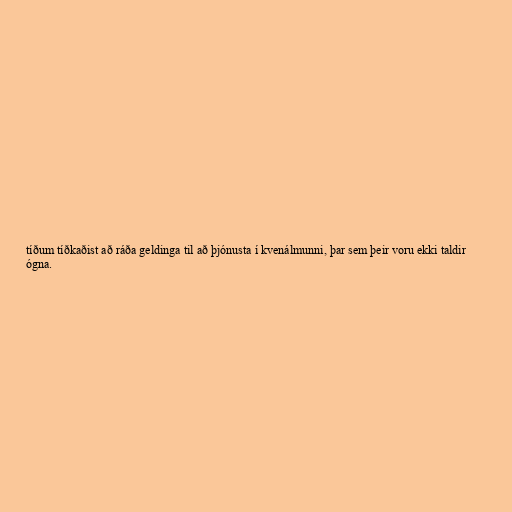
tíðum tíðkaðist að ráða geldinga til að þjónusta í kvenálmunni, þar sem þeir voru ekki taldir
ógna.